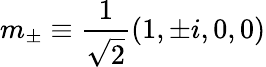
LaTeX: m_{\pm}\equiv\frac{1}{\sqrt{2}}(1,\pm i,0,0)